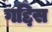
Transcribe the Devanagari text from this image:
गद्दिस